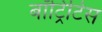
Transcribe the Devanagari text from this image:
बॉट्रिटिस